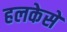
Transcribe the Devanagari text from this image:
हलकेसे